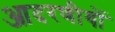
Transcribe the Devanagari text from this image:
आदरणीयों